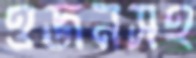
ওজনসহ